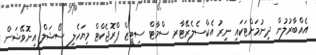
އެއްބާރުލުން ދިނުމަށްޓަކައި ނިރު އެކްސެލެރޭޓާރ ސްމާޓް ސިޓީޒް ޕްރޮޖެކްޓް މިޔަހެލި ސޯޝަލް އިނޮވޭޝަން